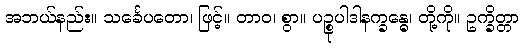
အဘယ်နည်း။ သင်္ခေပတော၊ ဖြင့်။ တာဝ၊ စွာ။ ပဉ္စုပါဒါနက္ခန္ဓေ၊ တို့ကို။ ဥက္ခိတ္တာ